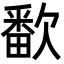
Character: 𬅱